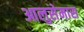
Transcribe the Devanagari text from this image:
आलुसेमास